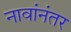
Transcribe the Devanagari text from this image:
नावांनंतर